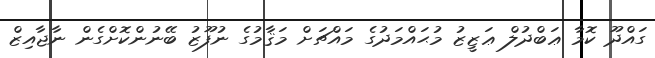
ގައްދޫ ކޮމާ ޢަބްދުލް ޢަޒީޒު މުޙައްމަދުގެ މައްޗަށް މަޤާމުގެ ނުފޫޒު ބޭނުންކޮށްގެން ނާޖާއިޒް